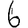
Digit: 6